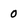
Character: 0